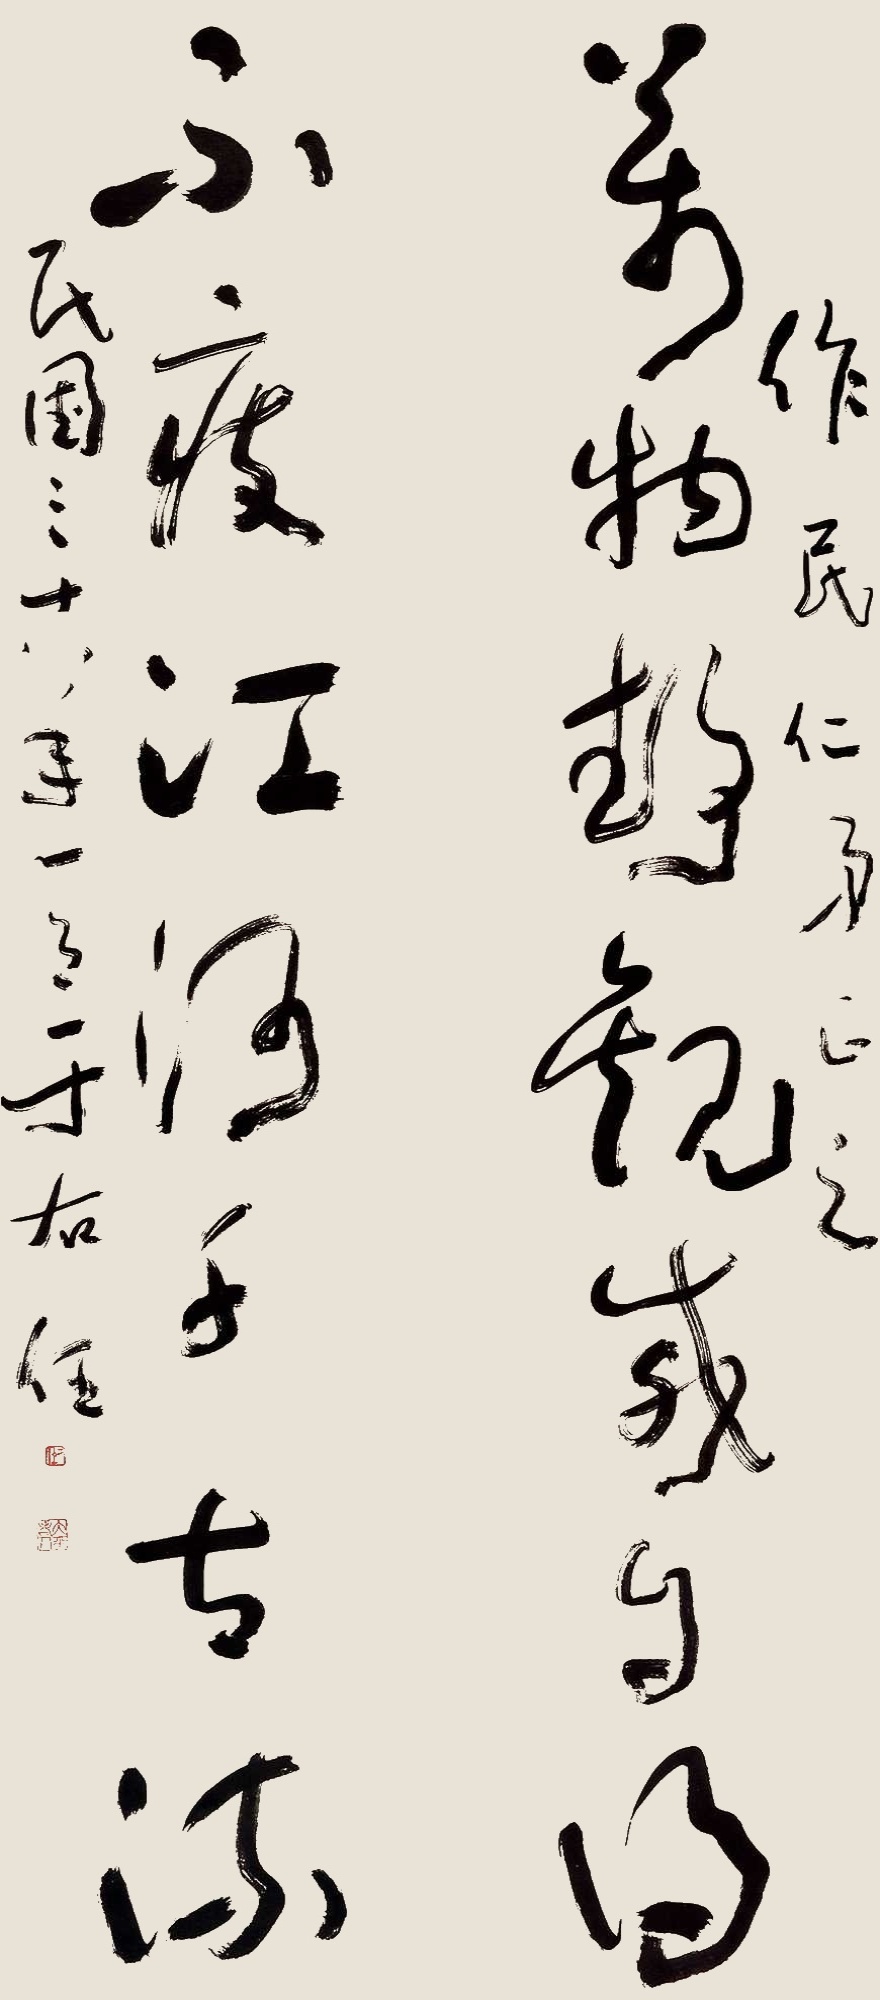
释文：万物静观感自得，不疲江河千古流。作民仁弟正之，民国三十八年一月，于右任。